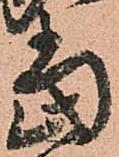
當